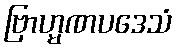
ဗြာဟ္မဏပဒေသံ